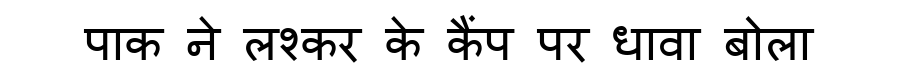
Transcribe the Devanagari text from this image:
पाक ने लश्कर के कैंप पर धावा बोला